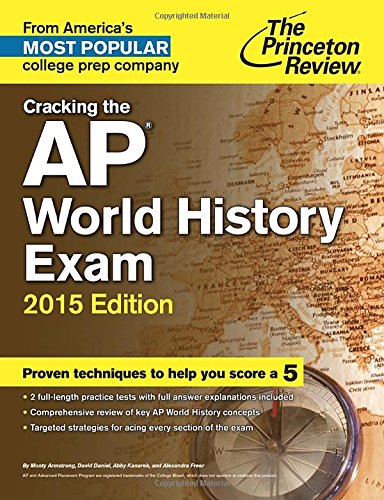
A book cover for Cracking the AP World History Exam, 2015 Edition (College Test Preparation); Princeton Review; Test Preparation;